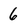
Character: 6